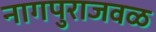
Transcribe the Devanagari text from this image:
नागपुराजवळ